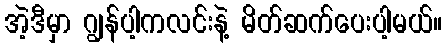
အဲ့ဒီမှာ ဂျွန်ပါ့ကလင်းနဲ့ မိတ်ဆက်ပေးပါ့မယ်။